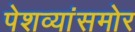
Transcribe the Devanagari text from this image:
पेशव्यांसमोर